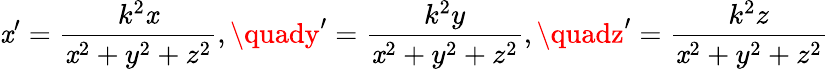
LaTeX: \mathit{x}^{\prime}={\frac{{k^{2}\mathit{x}}}{{\mathit{x}^{2}+y^{2}+z^{2}}}},\quady^{\prime}={\frac{{k^{2}y}}{{\mathit{x}^{2}+y^{2}+z^{2}}}},\quadz^{\prime}={\frac{{k^{2}z}}{{\mathit{x}^{2}+y^{2}+z^{2}}}}